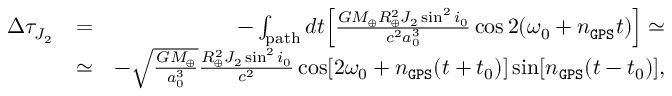
\begin{array} { r l r } { \Delta \tau _ { J _ { 2 } } } & { = } & { - \int _ { \mathrm { p a t h } } d t \Big [ \frac { G M _ { \oplus } R _ { \oplus } ^ { 2 } J _ { 2 } \sin ^ { 2 } i _ { 0 } } { c ^ { 2 } a _ { 0 } ^ { 3 } } \cos 2 ( \omega _ { 0 } + n _ { \tt G P S } t ) \Big ] \simeq } \\ & { \simeq } & { - \sqrt { \frac { G M _ { \oplus } } { a _ { 0 } ^ { 3 } } } \frac { R _ { \oplus } ^ { 2 } J _ { 2 } \sin ^ { 2 } i _ { 0 } } { c ^ { 2 } } \cos [ 2 \omega _ { 0 } + n _ { \tt G P S } ( t + t _ { 0 } ) ] \sin [ n _ { \tt G P S } ( t - t _ { 0 } ) ] , } \end{array}